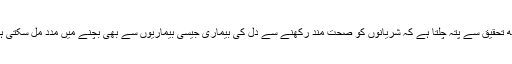
کچھ تحقیق سے پتہ چلتا ہے کہ شریانوں کو صحت مند رکھنے سے دل کی بیماری جیسی بیماریوں سے بھی بچنے میں مدد مل سکتی ہے۔